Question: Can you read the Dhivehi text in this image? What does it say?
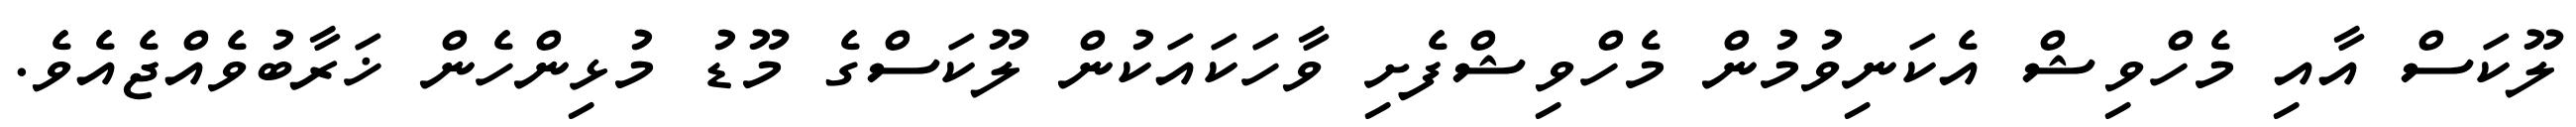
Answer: ލޫކަސް އާއި މެހްވިޝް އެކަނިވުމުން މެހްވިޝްފެށި ވާހަކައަކުން ލޫކަސްގެ މޫޑު މުޅިންހެން ޚަރާބުވެއްޖެއެވެ.